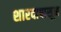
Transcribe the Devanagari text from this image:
शारदापासून